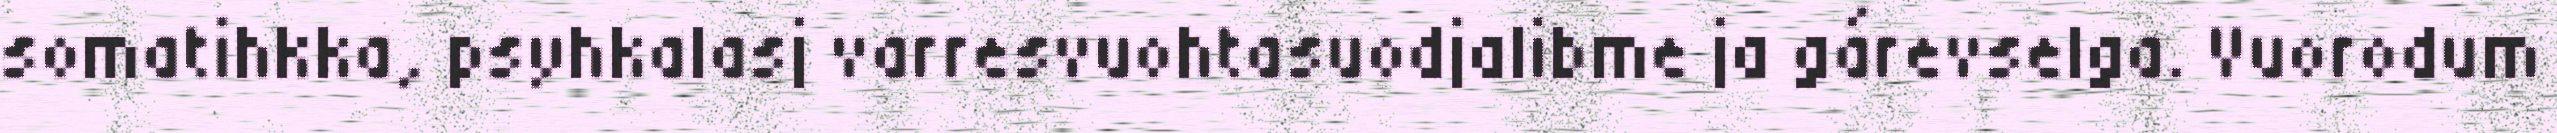
somatihkka, psyhkalasj varresvuohtasuodjalibme ja gárevselga. Vuorodum